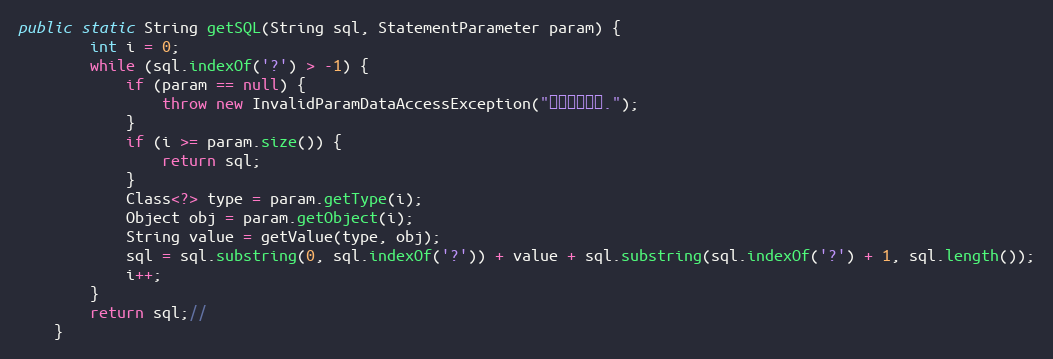
Language: Java
public static String getSQL(String sql, StatementParameter param) {
		int i = 0;
		while (sql.indexOf('?') > -1) {
			if (param == null) {
				throw new InvalidParamDataAccessException("没有设置参数.");
			}
			if (i >= param.size()) {
				return sql;
			}
			Class<?> type = param.getType(i);
			Object obj = param.getObject(i);
			String value = getValue(type, obj);
			sql = sql.substring(0, sql.indexOf('?')) + value + sql.substring(sql.indexOf('?') + 1, sql.length());
			i++;
		}
		return sql;//
	}